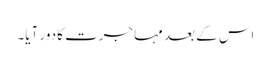
اس کے بعد مہاجرت کا دور آیا۔